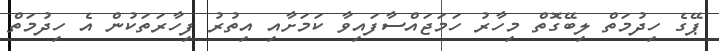
ޕޭގެ ހިދުމަތް ލިބޭގޮތް މިހާރު ހަމަޖައްސާފައިވާ ކަމަށާއި އިތުރު ފިހާރަތަކުން އެ ހިދުމަތް